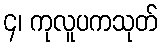
၄၊ ကုလူပကသုတ်